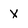
Character: X